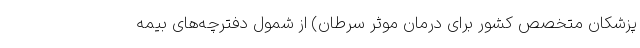
پزشکان متخصصِ کشور برای درمان موثر سرطان) از شمول دفترچه‌های بیمه